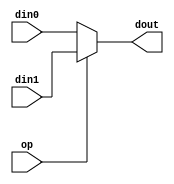
module mux_2_32(op,din0,din1,dout) ;
  input           op ;
  input   [31:0]  din0 ;
  input   [31:0]  din1 ;
  output  [31:0]  dout ;
  
  assign dout = ( op == 0 ) ? din0 : din1 ;

endmodule

module mux_2_5(op,din0,din1,dout) ;
  input           op ;
  input   [4:0]  din0 ;
  input   [4:0]  din1 ;
  output  [4:0]  dout ;
  
  assign dout = op ? din1 : din0 ;

endmodule

module mux_3_32(op,din0,din1,din2,dout) ;
  input   [1:0]  op ;
  input   [31:0]  din0 ;
  input   [31:0]  din1 ;
  input   [31:0]  din2 ;
  output  [31:0]  dout ;
  
  assign dout = op[1] ? din2 : 
                op[0] ? din1 :
                        din0 ;

endmodule

module mux_4_32(op,din0,din1,din2,din3,dout) ;
  input   [1:0]  op ;
  input   [31:0]  din0 ;
  input   [31:0]  din1 ;
  input   [31:0]  din2 ;
  input   [31:0]  din3 ;
  output  [31:0]  dout ;
  
  assign dout = ( op == 2'd3 ) ? din3 : 
				( op == 2'd2 ) ? din2 :
                ( op == 2'd1 ) ? din1 :
                ( op == 2'd0 ) ? din0 :
				32'b0 ;

endmodule

module mux_6_32(op,din0,din1,din2,din3,din4,din5,dout) ;
	input   [2:0]  op ;
	input   [31:0]  din0 ;
	input   [31:0]  din1 ;
	input   [31:0]  din2 ;
	input   [31:0]  din3 ;
	input   [31:0]  din4 ;
	input   [31:0]  din5 ;
	output  [31:0]  dout ;
  
	assign dout = 	( op == 3'h0 ) ? din0 : 
					( op == 3'h1 ) ? din1 : 
					( op == 3'h2 ) ? din2 : 
					( op == 3'h3 ) ? din3 : 
					( op == 3'h4 ) ? din4 : 
					( op == 3'h5 ) ? din5 : 
					0 ;

endmodule

module mux_3_5(op,din0,din1,din2,dout) ;
  input   [1:0]  op ;
  input   [4:0]  din0 ;
  input   [4:0]  din1 ;
  input   [4:0]  din2 ;
  output  [4:0]  dout ;
  
  assign dout = op[1] ? din2 : 
                op[0] ? din1 :
                        din0 ;

endmodule